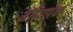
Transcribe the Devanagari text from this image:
मंदिरापेक्षा